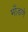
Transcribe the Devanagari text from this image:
माँडणे